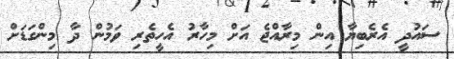
ސައުދީ އެރެބިޔާ އިން މިރާއްޖެ އަށް މިހާރު އެހީތެރި ވަމުން ދާ މިންގަޑަށް